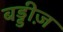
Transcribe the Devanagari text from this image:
बड्डीज़